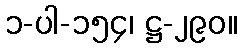
၁-ပါ-၁၅၄၊ ဋ္ဌ-၂၉၀။